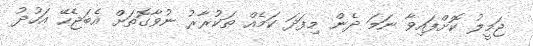
ޖަމީލު ކޮށްފައިވާ ނަމަ ދެން މިފަދަ ކަމެއް ތަކުރާރު ނުވާގޮތަށް އެބަޖެހޭ އަހުދު